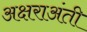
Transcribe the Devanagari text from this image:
अक्षराअंती